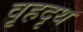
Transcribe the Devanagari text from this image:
वृहदृथ